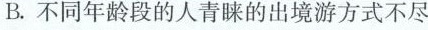
不同年龄段的人青睐的出境游方式不尽